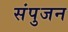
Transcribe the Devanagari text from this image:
संपुजन